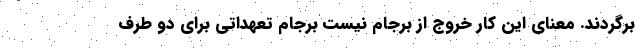
برگردند. معنای این کار خروج از برجام نیست برجام تعهداتی برای دو طرف